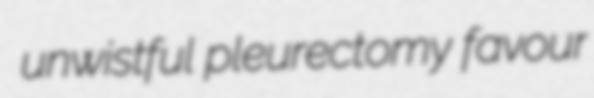
unwistful pleurectomy favour